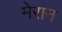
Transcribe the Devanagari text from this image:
मेरान